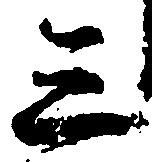
三